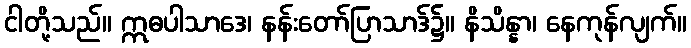
ငါတို့သည်။ ဣဓပါသာဒေ၊ နန်းတော်ပြာသာဒ်၌။ နိသိန္နာ၊ နေကုန်လျက်။